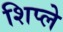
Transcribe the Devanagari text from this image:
शिप्ले